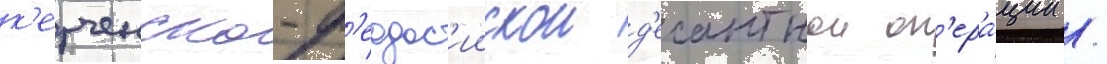
к'ерченско-ф'еодос'иискои д'есантнои оп'ера́ции /